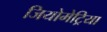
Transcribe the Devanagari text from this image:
जियोमेट्रिया